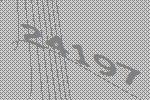
24197